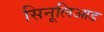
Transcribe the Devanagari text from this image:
सिनूलिआड